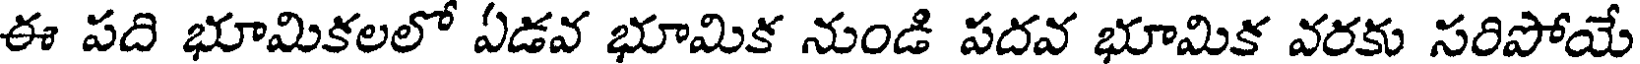
ఈ పది భూమికలలో ఏడవ భూమిక నుండి పదవ భూమిక వరకు సరిపోయే